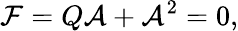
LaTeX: {\cal F}=Q{\cal A}+{\cal A}^{2}=0,